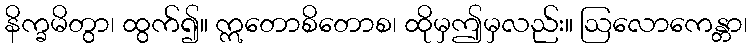
နိက္ခမိတွာ၊ ထွက်၍။ ဣတောစိတောစ၊ ထိုမှဤမှလည်း။ ဩလောကေန္တာ၊